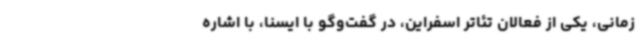
زمانی، یکی از فعالان تئاتر اسفراین، در گفت‌وگو با ایسنا، با اشاره